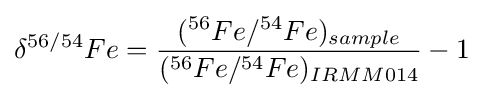
\delta ^{56/54}Fe={\frac {(^{56}Fe/^{54}Fe)_{sample}}{(^{56}Fe/^{54}Fe)_{IRMM014}}}-1